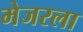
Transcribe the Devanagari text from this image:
मेजरला